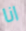
انا